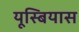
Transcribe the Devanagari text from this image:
यूस्बियास